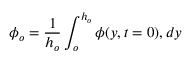
\phi _ { o } = \frac { 1 } { h _ { o } } \int _ { o } ^ { h _ { o } } \phi ( y , t = 0 ) , d y